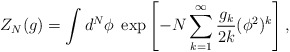
\begin{align*}Z_N(g) = \int d^N \phi \; \exp \left[ -N \sum_{k=1}^{\infty} \frac{g_k}{2k} (\phi^2)^k\right], \end{align*}